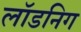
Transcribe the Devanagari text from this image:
लॉडनिग